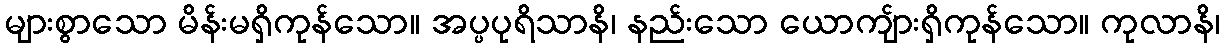
များစွာသော မိန်းမရှိကုန်သော။ အပ္ပပုရိသာနိ၊ နည်းသော ယောကျ်ားရှိကုန်သော။ ကုလာနိ၊